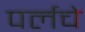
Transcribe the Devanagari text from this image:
पर्लचे